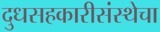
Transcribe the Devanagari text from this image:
दुधसहकारीसंस्थेचा